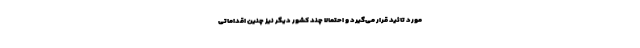
مورد تائید قرار می‌گیرد و احتمالا چند کشور دیگر نیز چنین اقداماتی